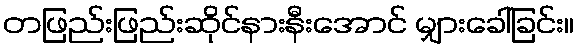
တဖြည်းဖြည်းဆိုင်နားနီးအောင် မျှားခေါ်ခြင်း။